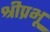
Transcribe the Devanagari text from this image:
श्रीप्रभू